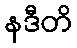
နဒီတိ